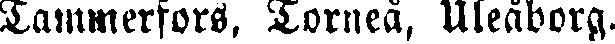
Tammerfors, Torneå, Uleåborg.